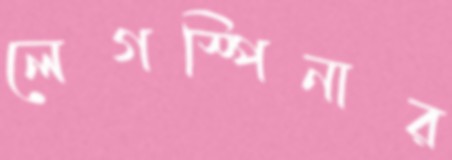
লেগস্পিনার